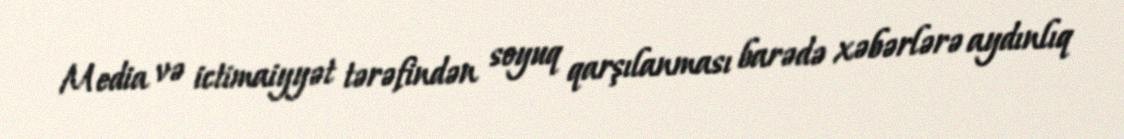
Media və ictimaiyyət tərəfindən soyuq qarşılanması barədə xəbərlərə aydınlıq